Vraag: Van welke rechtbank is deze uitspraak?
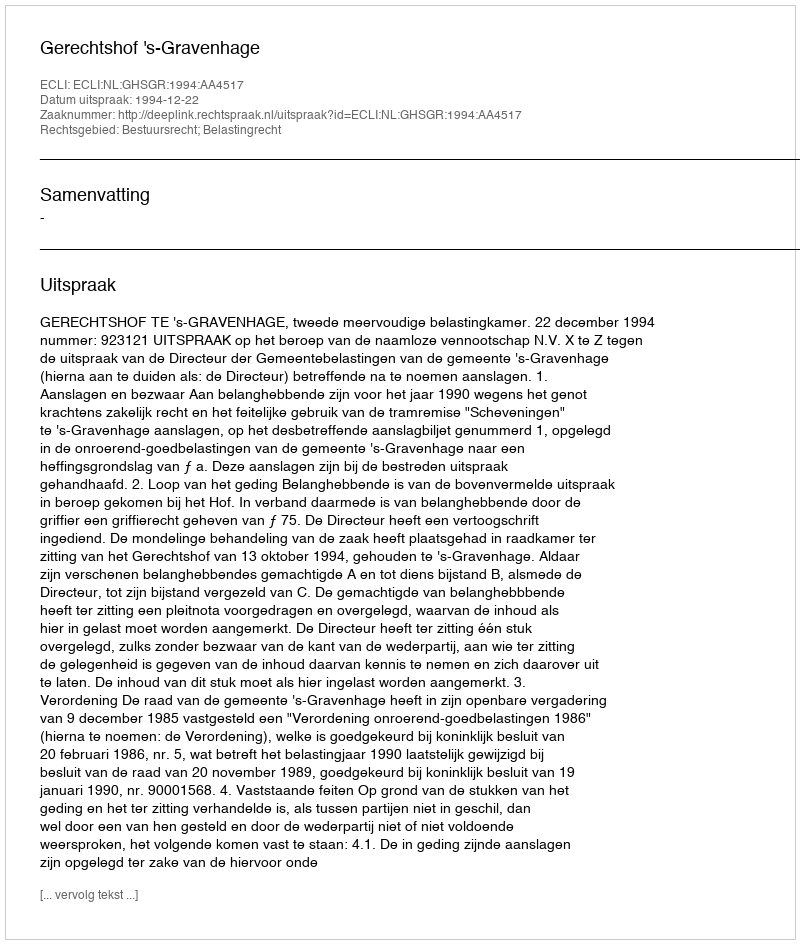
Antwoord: Gerechtshof 's-Gravenhage